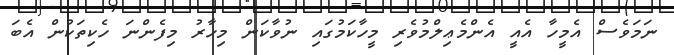
ނަމަވެސް އެމީހާ އެއީ އެންމެޢިލްމުވެރި މީހާކަމުގައި ނުވާކަން މިހާރު މިފެންނަ ހެކިތަކުން އެބަ